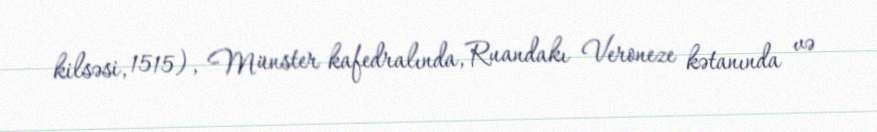
kilsəsi, 1515), Münster kafedralında, Ruandakı Veroneze kətanında və